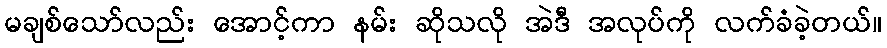
မချစ်သော်လည်း အောင့်ကာ နမ်း ဆိုသလို အဲဒီ အလုပ်ကို လက်ခံခဲ့တယ်။